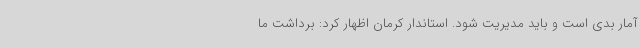
آمار بدی است و باید مدیریت شود. استاندار کرمان اظهار کرد: برداشت ما